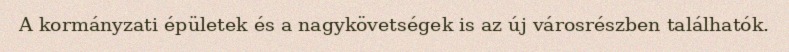
A kormányzati épületek és a nagykövetségek is az új városrészben találhatók.